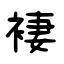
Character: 褄